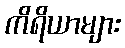
ကိရိယာများ